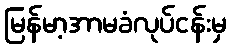
မြန်မာ့အာမခံလုပ်ငန်းမှ